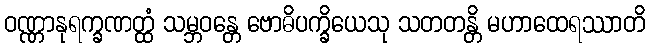
ဝဏ္ဏာနုရက္ခဏတ္ထံ သမ္ဘဝန္တေ ဗောဓိပက္ခိယေသု သတတန္တိ မဟာထေရဿာတိ